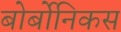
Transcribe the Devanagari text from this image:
बोर्बोनिकस